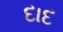
દાદ